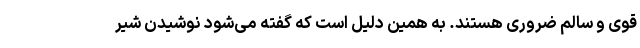
قوی و سالم ضروری هستند. به همین دلیل است که گفته می‌شود نوشیدن شیر